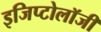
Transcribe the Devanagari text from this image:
इजिप्टोलॉजी